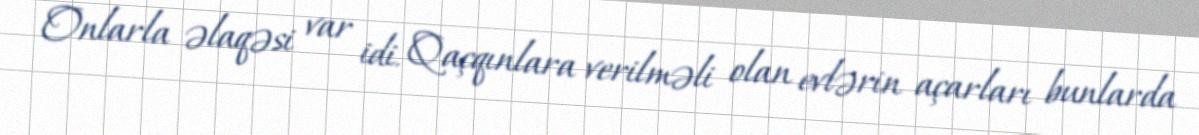
Onlarla əlaqəsi var idi. Qaçqınlara verilməli olan evlərin açarları bunlarda